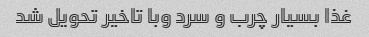
غذا بسیار چرب و سرد وبا تاخیر تحویل شد